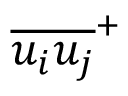
{ \overline { { { u _ { i } } { u _ { j } } } } } ^ { + }